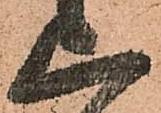
上